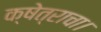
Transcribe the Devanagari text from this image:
क्षेत्राचा।